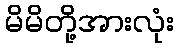
မိမိတို့အားလုံး